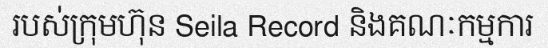
របស់ក្រុមហ៊ុន Seila Record និងគណៈកម្មការ